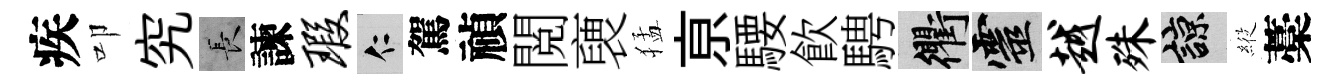
疾叩究长諫瑕仁駕禎閲褏猛亰騕飲騁衢靈越殊諒𦂵藁